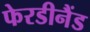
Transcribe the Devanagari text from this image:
फेरडीनैंड